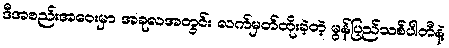
ဒီအစည်းအဝေးမှာ အခုလအတွင်း လက်မှတ်ထိုးခဲ့တဲ့ မွန်ပြည်သစ်ပါတီနဲ့